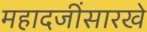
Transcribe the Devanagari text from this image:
महादजींसारखे